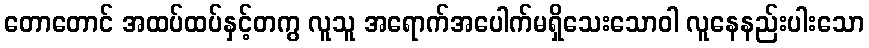
တောတောင် အထပ်ထပ်နှင့်တကွ လူသူ အရောက်အပေါက်မရှိသေးသောဝါ လူနေနည်းပါးသော